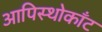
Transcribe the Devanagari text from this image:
आपिस्थोकाँट